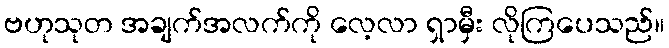
ဗဟုသုတ အချက်အလက်ကို လေ့လာ ရှာမှီး လိုကြပေသည်။